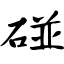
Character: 碰